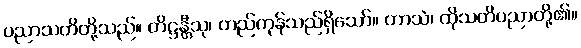
ပညာသတိတို့သည်။ တိဋ္ဌန္တီသု၊ တည်ကုန်သည်ရှိသော်။ တာသံ၊ ထိုသတိပညာတို့၏။